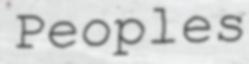
Peoples